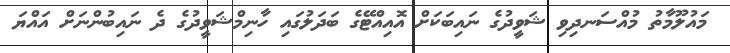
މައުލޫމާތު މުއްސަނދިވި ޝަވީދުގެ ނައިބަކަށް އޮއިއްޓޭގެ ބަދަލުގައި ހާނިމްޝަވީދުގެ ދެ ނައިބުންނަށް އައްޔަ